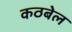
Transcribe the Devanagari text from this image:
कठबेल